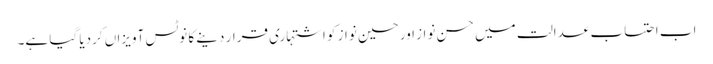
اب احتساب عدالت میں حسن نواز اور حسین نواز کو اشتہاری قرار دینے کا نوٹس آویزاں کردیا گیا ہے۔